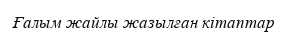
Ғалым жайлы жазылған кітаптар